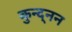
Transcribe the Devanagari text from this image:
कुन्द्नन